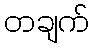
တချက်